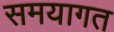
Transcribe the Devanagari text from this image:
समयागत